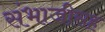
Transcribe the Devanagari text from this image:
संभाजीसह